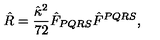
{ \hat { R } = \frac { \hat { \kappa } ^ { 2 } } { 7 2 } \hat { F } _ { P Q R S } \hat { F } ^ { P Q R S } , }